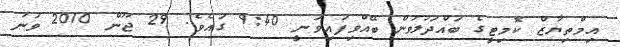
އިމްތިޔާޒް ކޮމިޓީގެ ބައްދަލުވުން ބޭއްވިފައިވަނީ 9:40 ގައެވެ. 29 ޖޫން 2010 ވަނަ